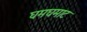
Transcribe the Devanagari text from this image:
घमघमाट